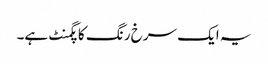
یہ ایک سرخ رنگ کا پگمنٹ ہے۔